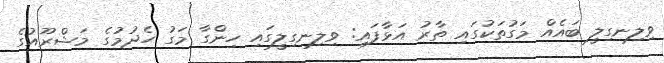
ވިލިނގިލީ ބައެއް މަގުތަކުގައި ތާރު އަޅާފައި: ވިލިނގިލީގައި ހިންގާ މަގު ހެދުމުގެ މަޝްރޫއުގެ